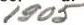
1905